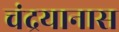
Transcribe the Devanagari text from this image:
चंद्रयानास